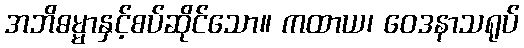
အဘိဓမ္မာနှင့်စပ်ဆိုင်သော။ ကထာယ၊ ဝေဒနာသရုပ်